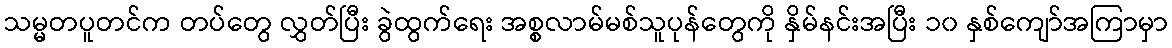
သမ္မတပူတင်က တပ်တွေ လွှတ်ပြီး ခွဲထွက်ရေး အစ္စလာမ်မစ်သူပုန်တွေကို နှိမ်နင်းအပြီး ၁၀ နှစ်ကျော်အကြာမှာ